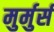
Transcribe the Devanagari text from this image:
मुर्मुर्स